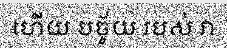
ហើយ បច្ច័យ របស់ វា